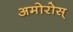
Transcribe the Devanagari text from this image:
अमोरोस्